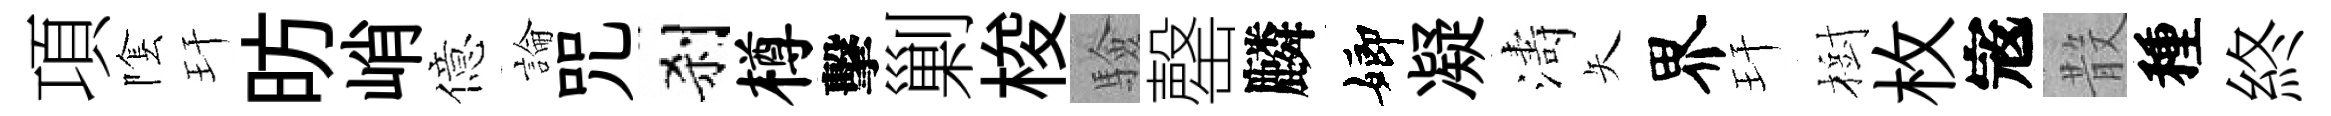
項隂玕昉峭億論咒刹樽擊剿梭驗罄麟嫏凝濤矢界玕樹枚𡨥𣪚種終